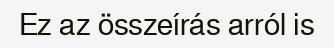
Ez az összeírás arról is